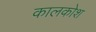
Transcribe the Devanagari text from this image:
कालकोश